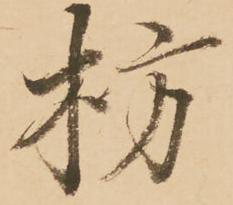
枋